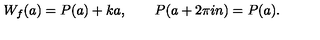
W _ { f } ( a ) = P ( a ) + k a , \qquad P ( a + 2 \pi i n ) = P ( a ) .